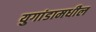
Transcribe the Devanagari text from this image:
युगांडामधील